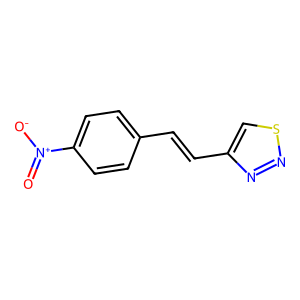
SMILES: O=[N+]([O-])c1ccc(C=Cc2csnn2)cc1
Inhibits HIV replication: No